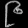
Digit: ၉